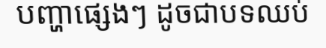
បញ្ហាផ្សេងៗ ដូចជាបទឈប់